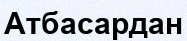
Атбасардан